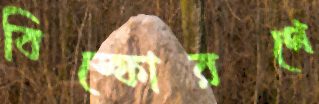
বিস্ফোরণে